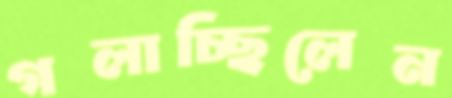
গলাচ্ছিলেন